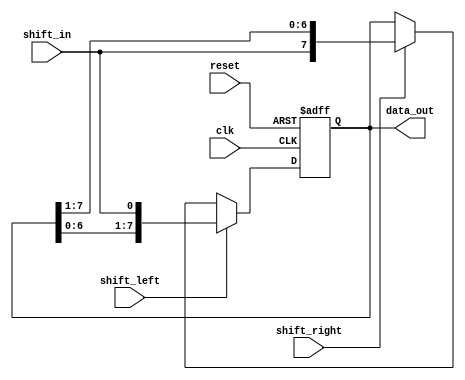
module shift_register (
  input wire clk,
  input wire reset,
  input wire shift_in,
  input wire shift_left,
  input wire shift_right,
  output reg [7:0] data_out
);

reg [7:0] reg_data;

always @(posedge clk or posedge reset)
begin
  if (reset)
    reg_data <= 8'b0;
  else if (shift_left)
    reg_data <= {reg_data[6:0], shift_in};
  else if (shift_right)
    reg_data <= {shift_in, reg_data[7:1]};
end

assign data_out = reg_data;

endmodule